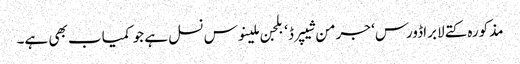
مذکورہ کتے لابراڈورس‘ جرمن شیپرڈ‘ بلجن ملینوس نسل ہے جو کمیاب بھی ہے۔